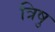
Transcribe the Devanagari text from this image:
त्रिषु